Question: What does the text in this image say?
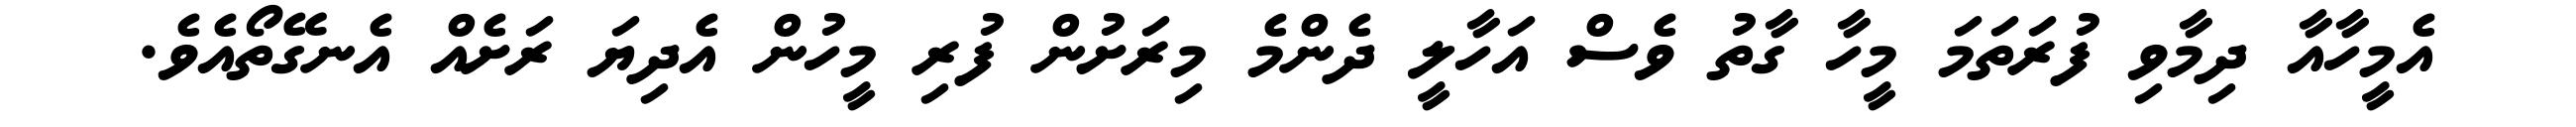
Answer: އެމީހާއާ ދިމާވި ފުރަތަމަ މީހާ ގާތު ވެސް އަހާލީ ދެންމެ މިރަށުން ފުރި މީހުން އެދިޔަ ރަށެއް އެނގޭތޯއެވެ.